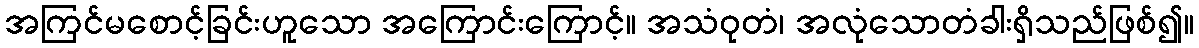
အကြင်မစောင့်ခြင်းဟူသော အကြောင်းကြောင့်။ အသံဝုတံ၊ အလုံသောတံခါးရှိသည်ဖြစ်၍။